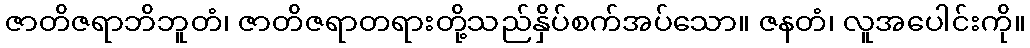
ဇာတိဇရာဘိဘူတံ၊ ဇာတိဇရာတရားတို့သည်နှိပ်စက်အပ်သော။ ဇနတံ၊ လူအပေါင်းကို။